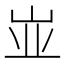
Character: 𰎑